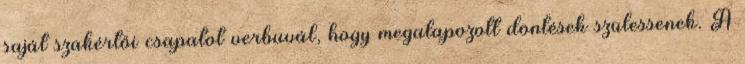
saját szakértői csapatot verbuvál, hogy megalapozott döntések szülessenek. A